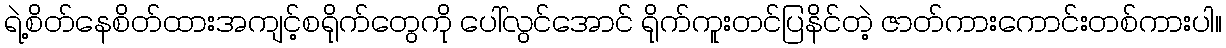
ရဲ့စိတ်နေစိတ်ထားအကျင့်စရိုက်တွေကို ပေါ်လွင်အောင် ရိုက်ကူးတင်ပြနိင်တဲ့ ဇာတ်ကားကောင်းတစ်ကားပါ။